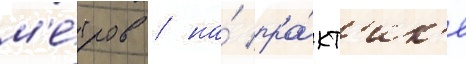
м'е́тров / на́ пра́кт'ик'е